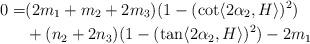
LaTeX: \begin{align*} 0=& (2m_{1}+m_{2}+2m_{3})(1-(\cot \langle 2\alpha_{2}, H\rangle )^{2})\\&+(n_{2}+2n_{3})(1-(\tan \langle 2\alpha_{2}, H\rangle )^{2})-2m_{1} \end{align*}